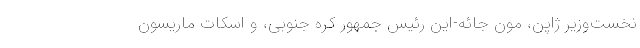
نخست‌وزیر ژاپن، مون جائه-این رئیس جمهور کره جنوبی، و اسکات ماریسون